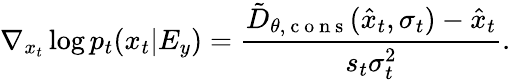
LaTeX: \nabla_{x_{t}}\log{p_{t}(x_{t}|E_{y})}=\frac{\tilde{D}_{\theta,\mathrm{~c~o~n~s~}}(\hat{x}_{t},\sigma_{t})-\hat{x}_{t}}{s_{t}\sigma_{t}^{2}}.